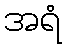
အရံ